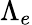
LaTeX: \Lambda_{e}